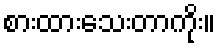
စားထားသေးတာကိုး။